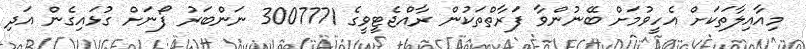
މިއާއިލާތަކަށް އެހީވުމަށް ބޭނުންވާ ފަރާތްތަކުން ރާއްޖެޓީވީގެ 3007771 ނަންބަރު ފޯނަށް ގުޅައިގެން އަދި